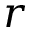
\boldsymbol { r }